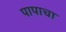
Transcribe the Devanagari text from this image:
पापाचा